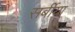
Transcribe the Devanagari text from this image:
सर्बीया